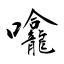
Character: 㘛